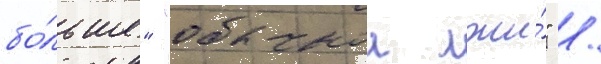
бо́льше" "обычнои лжи́" /